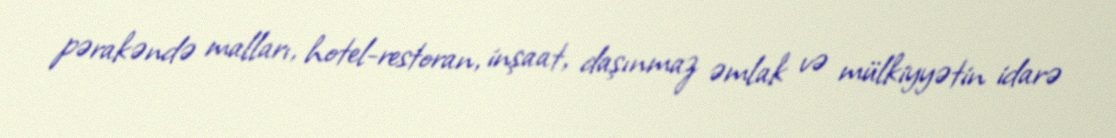
pərakəndə malları, hotel-restoran, inşaat, daşınmaz əmlak və mülkiyyətin idarə